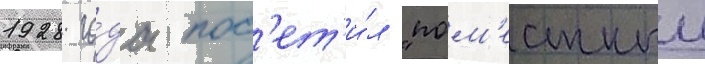
1928 го́да пос'ет'и́л "пом'естныи